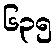
၆၃၅